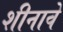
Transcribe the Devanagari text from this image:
शीनावे